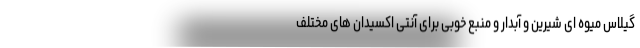
گیلاس میوه ای شیرین و آبدار و منبع خوبی برای آنتی اکسیدان های مختلف